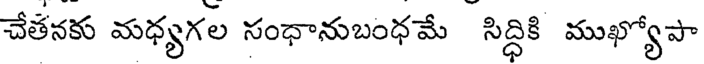
చేతనకు మధ్యగల సంధానుబంధమే సిద్ధికి ముఖ్యోపా